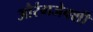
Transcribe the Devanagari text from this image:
औरंगजेबशी